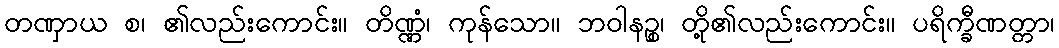
တဏှာယ စ၊ ၏လည်းကောင်း။ တိဏ္ဏံ၊ ကုန်သော။ ဘဝါနဉ္စ၊ တို့၏လည်းကောင်း။ ပရိက္ခီဏတ္တာ၊